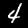
Label: 4